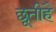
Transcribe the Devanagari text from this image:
छूतीहै